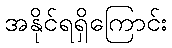
အနိုင်ရရှိကြောင်း